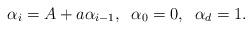
LaTeX: \begin{align*}\alpha_i = A + a\alpha_{i - 1}, \;\; \alpha_0 = 0, \;\; \alpha_d = 1.\end{align*}